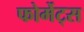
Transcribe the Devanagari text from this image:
फोर्मेट्स